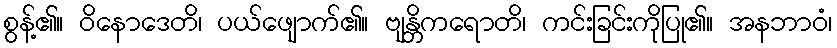
စွန့်၏။ ဝိနောဒေတိ၊ ပယ်ဖျောက်၏။ ဗျန္တိကရောတိ၊ ကင်းခြင်းကိုပြု၏။ အနဘာဝံ၊